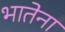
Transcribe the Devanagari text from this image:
भातेना